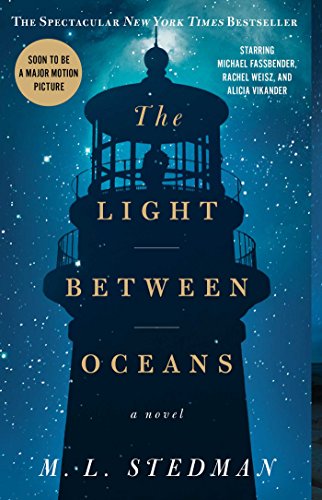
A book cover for The Light Between Oceans; M.L. Stedman; Mystery, Thriller & Suspense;